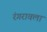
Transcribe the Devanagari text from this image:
रंगरावला